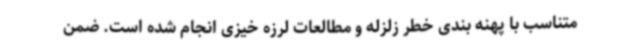
متناسب با پهنه بندی خطر زلزله و مطالعات لرزه خیزی انجام شده است. ضمن